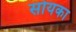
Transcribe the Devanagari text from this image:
सोयका